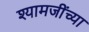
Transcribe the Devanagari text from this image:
श्यामजींच्या